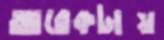
আরেকটায়